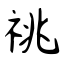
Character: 祧